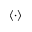
\langle \cdot \rangle